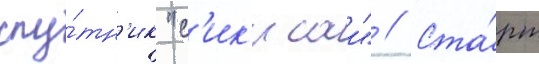
спу́тн'ик "с'ик'исаи" // Ста́рт